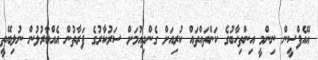
އޭއެފްސީން ނިންމީ އިންތިހާބުގެ ކަންތައްތައް ކުރިއަށް ގެންދިއުމަށް ސަރުކާރުގެ ފަރާތުން އެއްބާރުލުން ނުލިބޭތީ